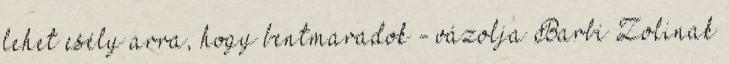
lehet esély arra, hogy bentmaradok - vázolja Barbi Zolinak